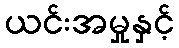
ယင်းအမှုနှင့်